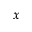
x